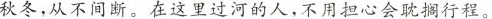
秋冬，从不间断。在这里过河的人，不用担心会耽搁行程。